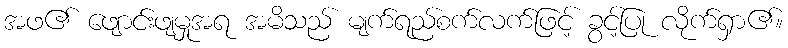
အဖ၏ ဖျောင်းဖျမှုအရ အမိသည် မျက်ရည်စက်လက်ဖြင့် ခွင့်ပြု လိုက်ရှာ၏။